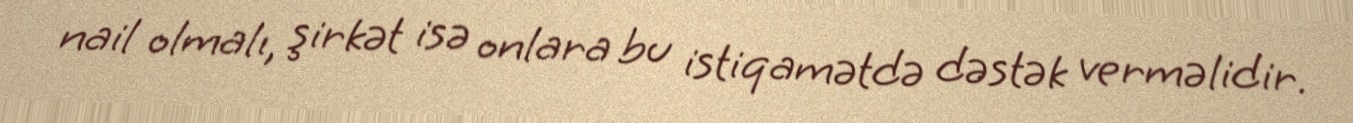
nail olmalı, şirkət isə onlara bu istiqamətdə dəstək verməlidir.